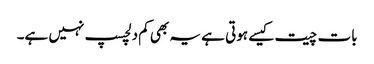
بات چیت کیسے ہوتی ہے یہ بھی کم دلچسپ نہیں ہے۔